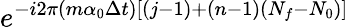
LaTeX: e^{-i2\pi(m\alpha_{0}\Delta t)[{(j-1)+(n-1)(N_{f}-N_{0})}]}